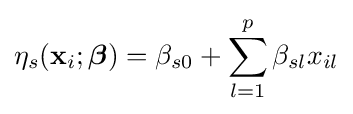
\eta _{s}(\mathbf {x} _{i};{\boldsymbol {\beta }})=\beta _{s0}+\sum _{l=1}^{p}\beta _{sl}x_{il}